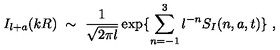
I _ { l + a } ( k R ) \ \sim \ \frac { 1 } { \sqrt { 2 \pi l } } \exp \{ \sum _ { n = - 1 } ^ { 3 } l ^ { - n } S _ { I } ( n , a , t ) \} \ ,